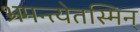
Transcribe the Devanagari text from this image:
भ्रमन्त्येतस्मिन्